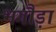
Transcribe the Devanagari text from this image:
भगौड़ा